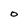
Character: O